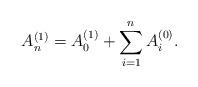
LaTeX: \begin{align*}A_n^{(1)}=A_0^{(1)}+\sum_{i=1}^n A^{(0)}_i .\end{align*}